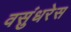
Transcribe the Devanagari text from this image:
वसुंधरेस